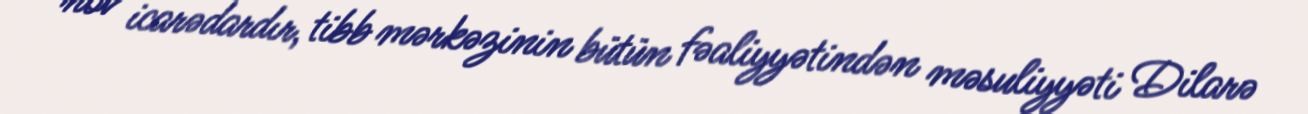
növ icarədardır, tibb mərkəzinin bütün fəaliyyətindən məsuliyyəti Dilarə